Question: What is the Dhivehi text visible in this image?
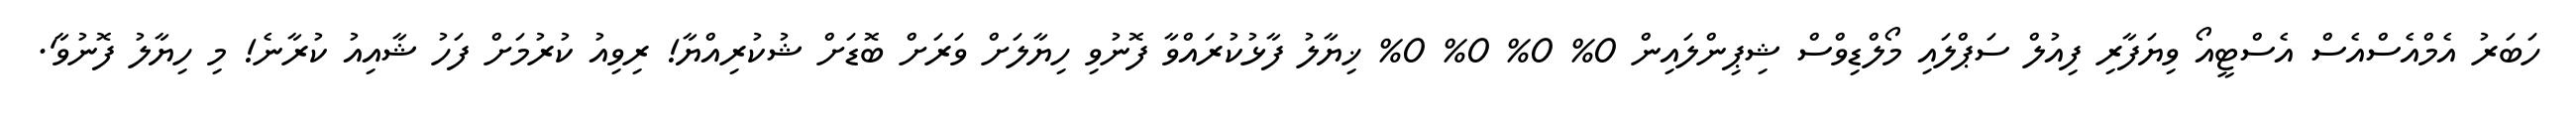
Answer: ހަބަރު އެމްއެސްއެސް އެސްޓީއޯ ވިޔަފާރި ފިއުލް ސަޕްލައި މޯލްޑިވްސް ޝިޕިންލައިން 0% 0% 0% 0% ޚިޔާލު ފާޅުކުރައްވާ ފޮނުވި ހިޔާލަށް ވަރަށް ބޮޑަށް ޝުކުރިއްޔާ! ރިވިއު ކުރުމަށް ފަހު ޝާއިއު ކުރާނެ! މި ހިޔާލު ފޮނުވާ'.